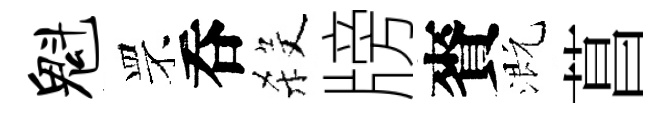
魁罘呑殺牓賚溉菖